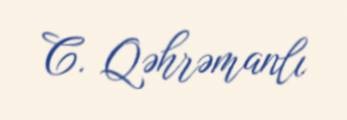
C. Qəhrəmanlı